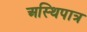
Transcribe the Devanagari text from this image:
अस्थिपात्र